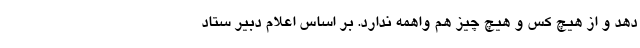
دهد و از هیچ کس و هیچ چیز هم واهمه ندارد. بر اساس اعلام دبیر ستاد